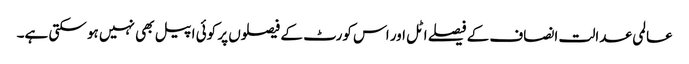
عالمی عدالت انصاف کے فیصلے اٹل اور اس کورٹ کے فیصلوں پر کوئی اپیل بھی نہیں ہو سکتی ہے۔